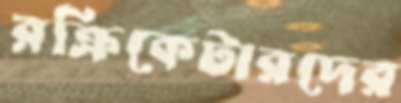
রক্রিকেটারদের